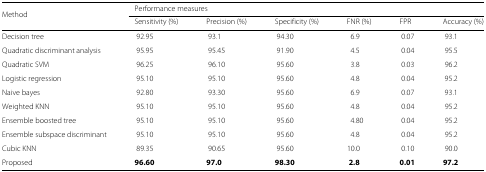
<table><thead><tr><td><b>Method</b></td><td colspan="4"><b>Performance measures</b></td><td></td><td></td></tr><tr><td></td><td><b>Sensitivity (%)</b></td><td><b>Precision (%)</b></td><td><b>Specificity (%)</b></td><td><b>FNR (%)</b></td><td><b>FPR</b></td><td><b>Accuracy (%)</b></td></tr></thead><tbody><tr><td>Decision tree</td><td>92.95</td><td>93.1</td><td>94.30</td><td>6.9</td><td>0.07</td><td>93.1</td></tr><tr><td>Quadratic discriminant analysis</td><td>95.95</td><td>95.45</td><td>91.90</td><td>4.5</td><td>0.04</td><td>95.5</td></tr><tr><td>Quadratic SVM</td><td>96.25</td><td>96.10</td><td>95.60</td><td>3.8</td><td>0.03</td><td>96.2</td></tr><tr><td>Logistic regression</td><td>95.10</td><td>95.10</td><td>95.60</td><td>4.8</td><td>0.04</td><td>95.2</td></tr><tr><td>Naive bayes</td><td>92.80</td><td>93.30</td><td>95.60</td><td>6.9</td><td>0.07</td><td>93.1</td></tr><tr><td>Weighted KNN</td><td>95.10</td><td>95.10</td><td>95.60</td><td>4.8</td><td>0.04</td><td>95.2</td></tr><tr><td>Ensemble boosted tree</td><td>95.10</td><td>95.10</td><td>95.60</td><td>4.80</td><td>0.04</td><td>95.2</td></tr><tr><td>Ensemble subspace discriminant</td><td>95.10</td><td>95.10</td><td>95.60</td><td>4.8</td><td>0.04</td><td>95.2</td></tr><tr><td>Cubic KNN</td><td>89.35</td><td>90.65</td><td>95.60</td><td>10.0</td><td>0.10</td><td>90.0</td></tr><tr><td>Proposed</td><td><b>96.60</b></td><td><b>97.0</b></td><td><b>98.30</b></td><td><b>2.8</b></td><td><b>0.01</b></td><td><b>97.2</b></td></tr></tbody></table>